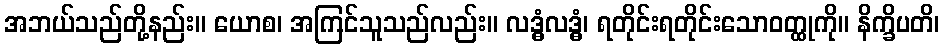
အဘယ်သည်တို့နည်း။ ယောစ၊ အကြင်သူသည်လည်း။ လဒ္ဓံလဒ္ဓံ၊ ရတိုင်းရတိုင်းသောဝတ္ထုကို။ နိက္ခိပတိ၊